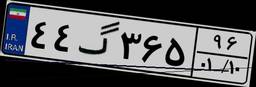
۴۴گ۳۶۵۹۶